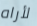
لأراه